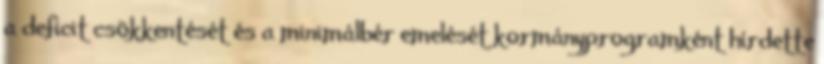
a deficit csökkentését és a minimálbér emelését kormányprogramként hírdette